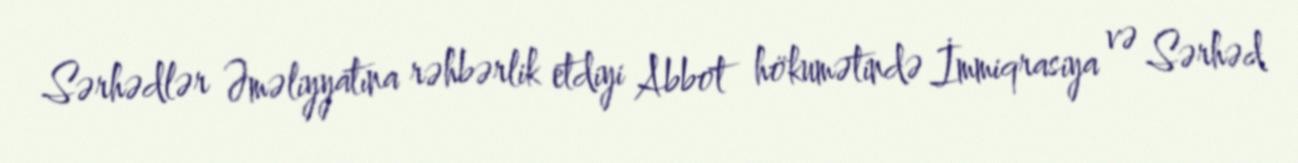
Sərhədlər Əməliyyatına rəhbərlik etdiyi Abbot hökumətində İmmiqrasiya və Sərhəd